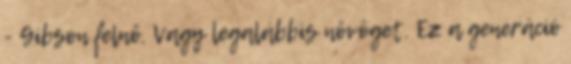
- Gibson felnő. Vagy legalábbis növöget. Ez a generáció